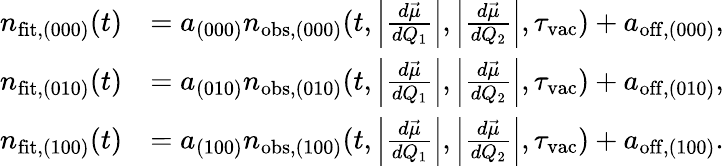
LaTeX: \begin{array}{rl}{n_{\mathrm{fit},(000)}(t)}&{=a_{(000)}n_{\mathrm{obs},(000)}(t,\left|\frac{d\vec{\mu}}{dQ_{1}}\right|,\left|\frac{d\vec{\mu}}{dQ_{2}}\right|,\tau_{\mathrm{vac}})+a_{\mathrm{off},(000)},}\\ {n_{\mathrm{fit},(010)}(t)}&{=a_{(010)}n_{\mathrm{obs},(010)}(t,\left|\frac{d\vec{\mu}}{dQ_{1}}\right|,\left|\frac{d\vec{\mu}}{dQ_{2}}\right|,\tau_{\mathrm{vac}})+a_{\mathrm{off},(010)},}\\ {n_{\mathrm{fit},(100)}(t)}&{=a_{(100)}n_{\mathrm{obs},(100)}(t,\left|\frac{d\vec{\mu}}{dQ_{1}}\right|,\left|\frac{d\vec{\mu}}{dQ_{2}}\right|,\tau_{\mathrm{vac}})+a_{\mathrm{off},(100)}.}\end{array}